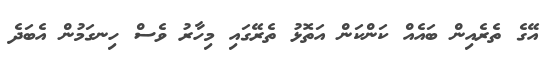
އޭގެ ތެރެއިން ބައެއް ކަންކަން އަތޮޅު ތެރޭގައި މިހާރު ވެސް ހިނގަމުން އެބަދެ